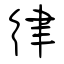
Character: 律